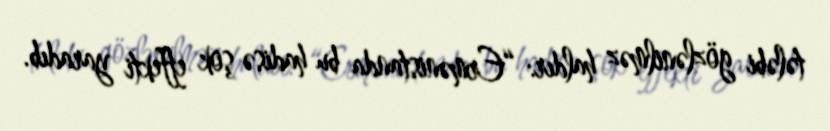
tələbi gözlənilməz haldır: “Ermənistanda bu hadisə şok effekti yaradıb.